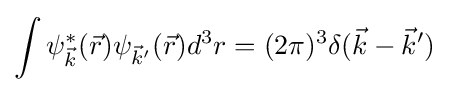
\int \psi _{\vec {k}}^{\ast }({\vec {r}})\psi _{{\vec {k}}'}({\vec {r}})d^{3}r=(2\pi )^{3}\delta ({\vec {k}}-{\vec {k}}')